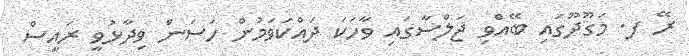
ރޭ ފ. މަގޫދޫގައި ބޭއްވި ޖަލްސާގައި ވާހަކަ ދައްކަވަމުން ހަސަން ވިދާޅުވީ ރައީސް